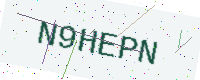
Text: N9HEPN